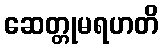
ဆေတ္တုမရဟတိ